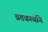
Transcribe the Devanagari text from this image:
व्रतकर्त्याने